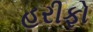
હરીફો